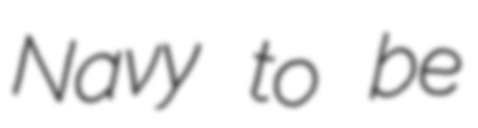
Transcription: Navy to be